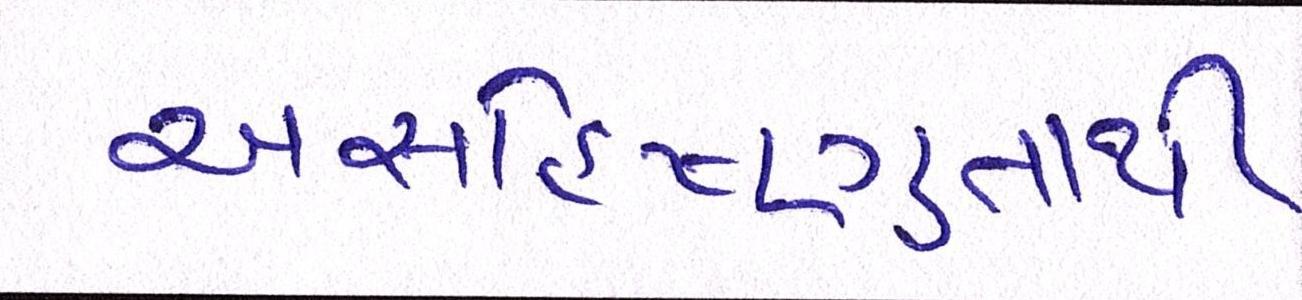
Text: અસહિષ્ણુતાથી